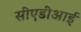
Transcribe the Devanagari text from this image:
सीएडीआई